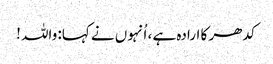
کدھر کا ارادہ ہے ، اُنہوں نے کہا: واللہ !